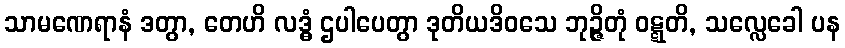
သာမဏေရာနံ ဒတွာ, တေဟိ လဒ္ဓံ ဌပါပေတွာ ဒုတိယဒိဝသေ ဘုဉ္ဇိတုံ ဝဋ္ဋတိ, သလ္လေခေါ ပန